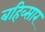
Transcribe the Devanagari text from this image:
बहिव्सार